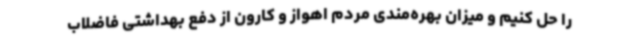
را حل کنیم و میزان بهره‌مندی مردم اهواز و کارون از دفع بهداشتی فاضلاب